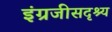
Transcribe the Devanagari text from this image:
इंग्रजीसदृश्य